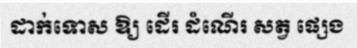
ដាក់ទោស ឱ្យ ដើរ ដំណើរ សត្វ ផ្សេង